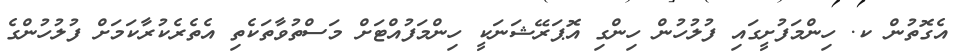
އެގޮތުން ކ. ހިންމަފުށީގައި ފުލުހުން ހިންގި އޮޕަރޭޝަނަކީ ހިންމަފުއްޓަށް މަސްތުވާތަކެތި އެތެރެކުރާކަމަށް ފުލުހުންގެ